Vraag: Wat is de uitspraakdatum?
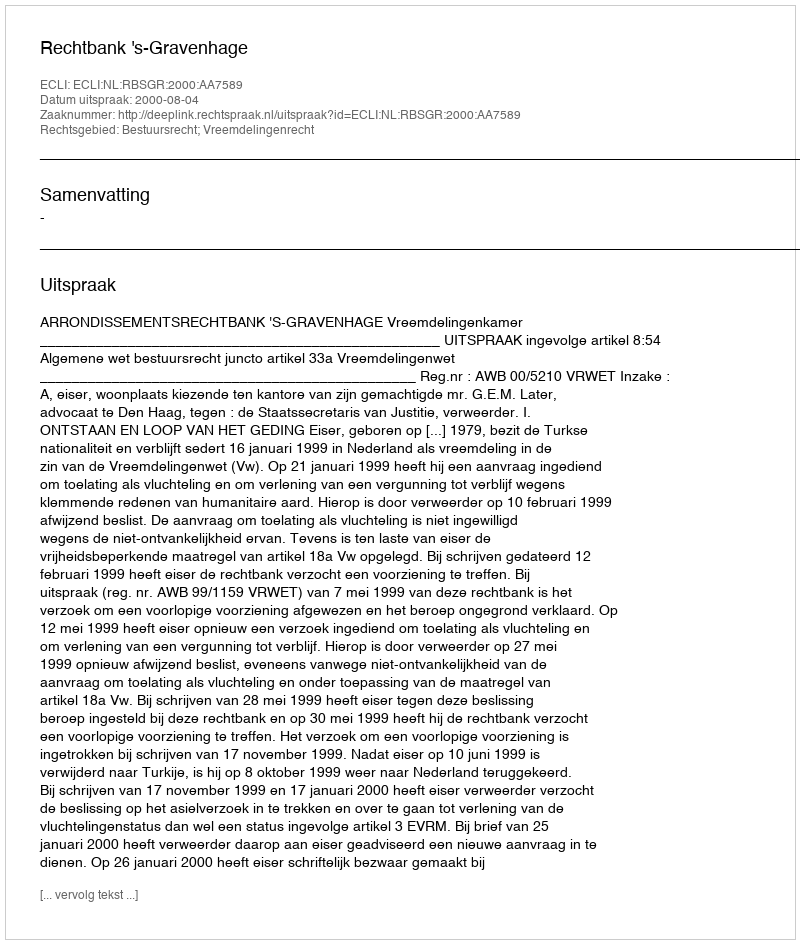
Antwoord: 2000-08-04